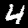
Label: 4